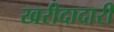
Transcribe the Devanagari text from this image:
खरीदादारी